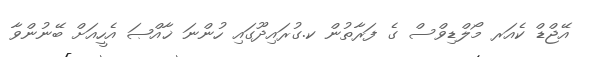
އޭޖްޑް ކެއަރ މޯލްޑިވްސް ގެ ފަރާތުން ކ.ގުރައިދޫގައި ހުންނަ ޚާއްޞަ އެހީއަށް ބޭނުންވާ